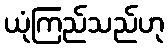
ယုံကြည်သည်ဟု